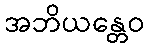
အဘိယန္တေဝ